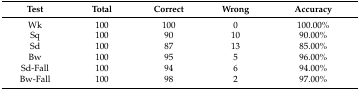
<table><thead><tr><td><b>Test</b></td><td><b>Total</b></td><td><b>Correct</b></td><td><b>Wrong</b></td><td><b>Accuracy</b></td></tr></thead><tbody><tr><td>Wk</td><td>100</td><td>100</td><td>0</td><td>100.00%</td></tr><tr><td>Sq</td><td>100</td><td>90</td><td>10</td><td>90.00%</td></tr><tr><td>Sd</td><td>100</td><td>87</td><td>13</td><td>85.00%</td></tr><tr><td>Bw</td><td>100</td><td>95</td><td>5</td><td>96.00%</td></tr><tr><td>Sd-Fall</td><td>100</td><td>94</td><td>6</td><td>94.00%</td></tr><tr><td>Bw-Fall</td><td>100</td><td>98</td><td>2</td><td>97.00%</td></tr></tbody></table>